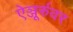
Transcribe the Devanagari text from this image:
ऐञ्जूर्रुवर